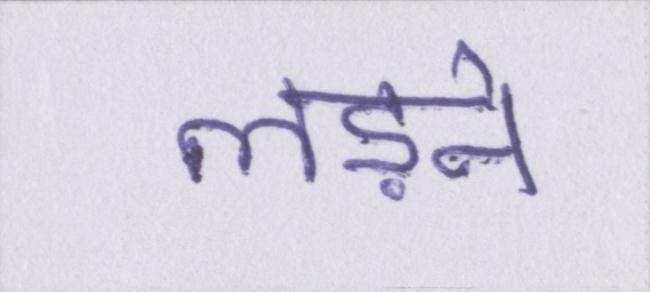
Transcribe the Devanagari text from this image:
लड़ने